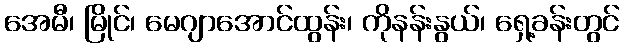
အေမီ၊ မြိုင်၊ မေဂျာအောင်ထွန်း၊ ကိုနန်းနွယ်၊ ရှေ့ခန်းတွင်